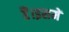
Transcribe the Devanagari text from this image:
हैं।इसमें